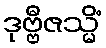
ဒုဗ္ဗီဇသ္မိံ